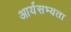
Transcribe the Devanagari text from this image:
आर्यसभ्यता